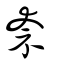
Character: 奈